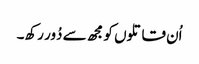
اُن قاتلوں کو مجھ سے دُور رکھ۔